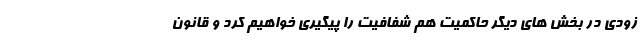
زودی در بخش های دیگر حاکمیت هم شفافیت را پیگیری خواهیم کرد و قانون